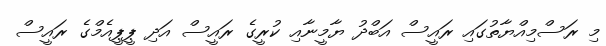
މި ރަސްމިއްޔާތުގައި ރައީސް އަބްދު ޔާމީނާއި ކުރީގެ ރައީސް އަދި ޕީޕީއެމްގެ ރައީސް